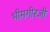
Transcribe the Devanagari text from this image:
भीमगीरजी